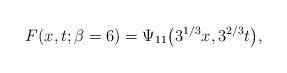
LaTeX: \begin{align*}F(x,t;\beta=6) = \Psi_{11}\bigl(3^{1/3}x, 3^{2/3}t\bigr),\end{align*}